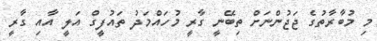
މި މުބާރާތުގެ ޖަޖުންނަށް ތިބޭނީ ގާރީ މުހައްމަދު ތައުފީގް އަލީ އާއި ގާރީ